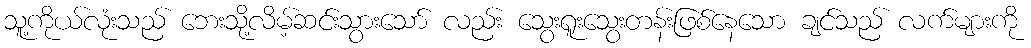
သူ့ကိုယ်လုံးသည် ဘေးသို့လိမ့်ဆင်းသွားသော် လည်း သွေးရူးသွေးတန်းဖြစ်နေသော ချင်သည် လက်များကို